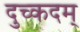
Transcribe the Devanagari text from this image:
दुच्कदम्